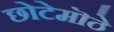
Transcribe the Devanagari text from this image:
छोटेमॊठे